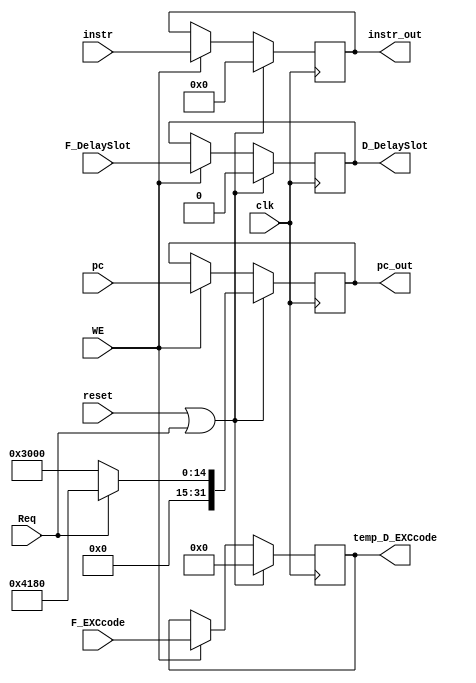
module DREG(
    input clk,
	 input reset,
	 input Req,
	 input [31:0] pc,
	 input [31:0] instr,
	 input WE,
	 input F_DelaySlot,
	 output reg D_DelaySlot,
	 input [4:0] F_EXCcode,
	 output reg [4:0] temp_D_EXCcode,
	 output reg [31:0] pc_out,
	 output reg [31:0] instr_out
	 );
	 initial begin
	     pc_out <= 32'h0000_3000;
		  instr_out <= 32'h0000_0000;
		  D_DelaySlot <= 0;
		  temp_D_EXCcode <= 0;
	 end
	 always@(posedge clk)begin
	     if(reset || Req )begin
		      pc_out <= Req ? 32'h0000_4180:32'h0000_3000;
				instr_out <= 32'h0000_0000;
				D_DelaySlot <= 0;
			   temp_D_EXCcode <= 0;
		  end
		  else if(WE) begin
		      pc_out <= pc;
				D_DelaySlot <= F_DelaySlot;
			   temp_D_EXCcode <= F_EXCcode;
				instr_out <= instr;
		  end
	 end


endmodule